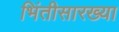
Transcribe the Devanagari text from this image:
भिंतीसारख्या